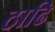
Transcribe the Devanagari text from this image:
ठाढि